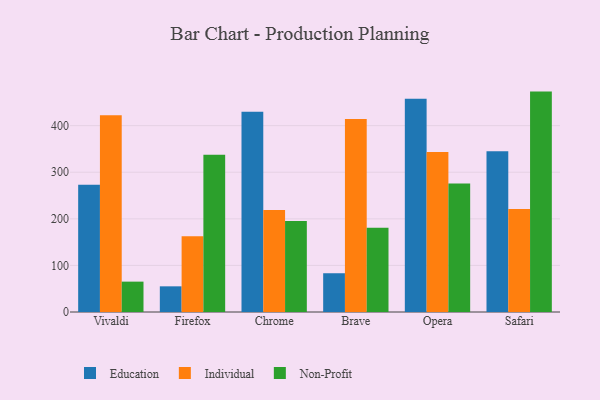
{"axis": {"x": "Browser", "y": "LTV (USD)"}, "legend": ["Education", "Individual", "Non-Profit"], "data": [{"x": "Vivaldi", "y": 273.2, "type": "Education"}, {"x": "Vivaldi", "y": 422.5, "type": "Individual"}, {"x": "Vivaldi", "y": 65.2, "type": "Non-Profit"}, {"x": "Firefox", "y": 55.1, "type": "Education"}, {"x": "Firefox", "y": 162.8, "type": "Individual"}, {"x": "Firefox", "y": 337.6, "type": "Non-Profit"}, {"x": "Chrome", "y": 429.7, "type": "Education"}, {"x": "Chrome", "y": 219.0, "type": "Individual"}, {"x": "Chrome", "y": 195.6, "type": "Non-Profit"}, {"x": "Brave", "y": 83.2, "type": "Education"}, {"x": "Brave", "y": 414.1, "type": "Individual"}, {"x": "Brave", "y": 180.9, "type": "Non-Profit"}, {"x": "Opera", "y": 457.5, "type": "Education"}, {"x": "Opera", "y": 343.5, "type": "Individual"}, {"x": "Opera", "y": 275.7, "type": "Non-Profit"}, {"x": "Safari", "y": 345.1, "type": "Education"}, {"x": "Safari", "y": 221.1, "type": "Individual"}, {"x": "Safari", "y": 473.1, "type": "Non-Profit"}]}